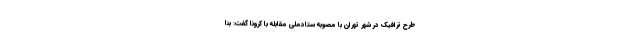
طرح ترافیک در شهر تهران با مصوبه ستادملی مقابله با کرونا گفت: بنا